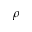
\rho